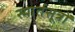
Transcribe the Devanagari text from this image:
स्मार्तसूत्रों